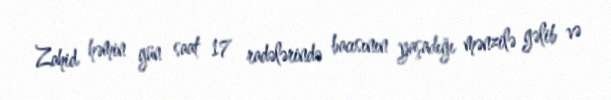
Zahid həmin gün saat 17 radələrində bacısının yaşadığı mənzilə gəlib və